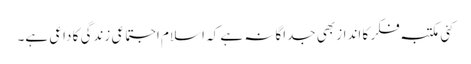
کئی مکتبہ فکر کا انداز بھی جداگانہ ہے کہ اسلام اجتماعی زندگی کا داعی ہے۔